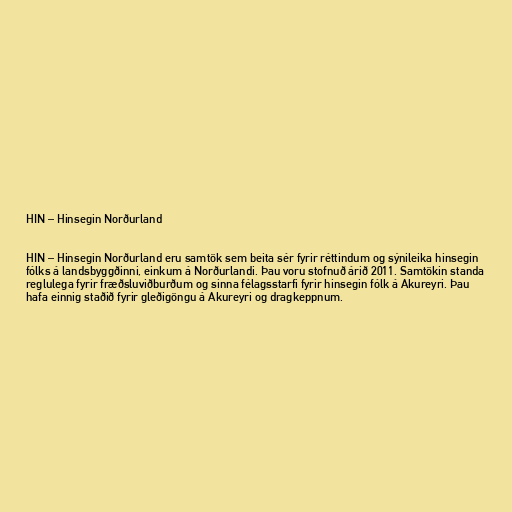
HIN – Hinsegin Norðurland

HIN – Hinsegin Norðurland eru samtök sem beita sér fyrir réttindum og sýnileika hinsegin
fólks á landsbyggðinni, einkum á Norðurlandi. Þau voru stofnuð árið 2011. Samtökin standa
reglulega fyrir fræðsluviðburðum og sinna félagsstarfi fyrir hinsegin fólk á Akureyri. Þau
hafa einnig staðið fyrir gleðigöngu á Akureyri og dragkeppnum.